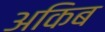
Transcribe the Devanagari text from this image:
अकिब